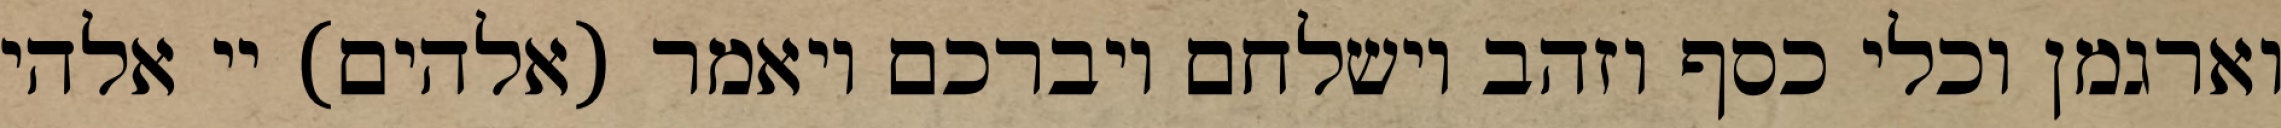
וארגמן וכלי כסף וזהב וישלחם ויברכם ויאמר (אלהים) יי אלהי